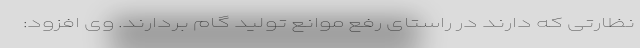
نظارتی که دارند در راستای رفع موانع تولید گام بردارند. وی افزود: